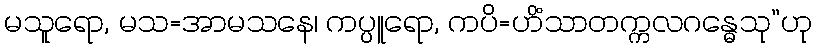
မသူရော, မသ=အာမသနေ၊ ကပ္ပူရော, ကပိ=ဟိံသာတက္ကလဂန္ဓေသု”ဟု